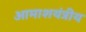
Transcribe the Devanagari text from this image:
आमाशयंत्रीय